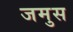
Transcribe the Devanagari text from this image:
जमुस